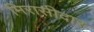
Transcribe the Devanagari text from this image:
मिरासीदार